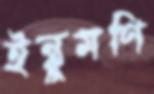
ইন্তুমণি